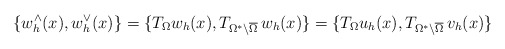
\begin{align*}\left\{w_h^{\wedge}(x), w_h^{\vee}(x)\right\} =\{T_{\Omega}w_h(x), T_{\Omega^*\setminus\overline{\Omega}}\,w_h(x)\}=\{T_{\Omega}u_h(x), T_{\Omega^*\setminus\overline{\Omega}}\,v_h(x)\}\end{align*}